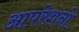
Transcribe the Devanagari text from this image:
आपरेशनो